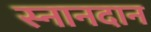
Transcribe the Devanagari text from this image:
स्नानदान